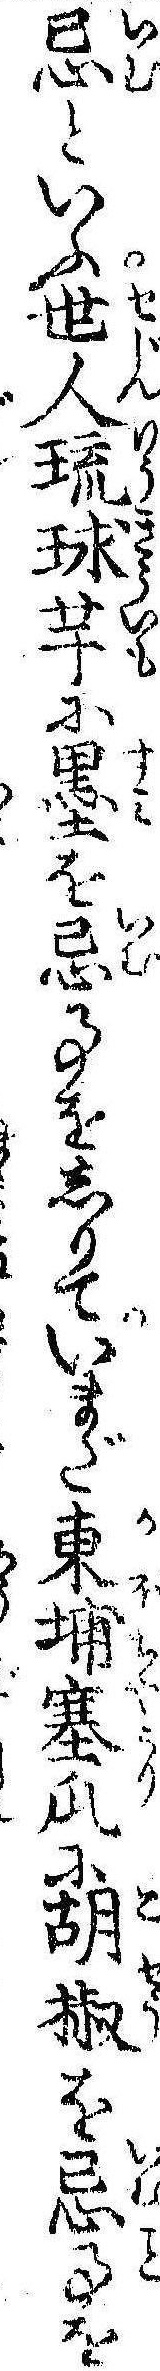
忌といふ世人琉球芋に墨を忌事をしりていまだ東埔塞瓜に胡椒を忌事を